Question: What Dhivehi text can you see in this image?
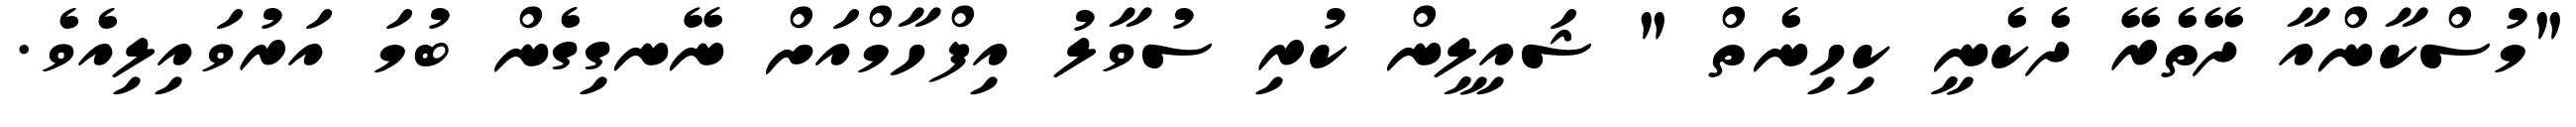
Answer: "މުސްކާންއާ ދޭތެރޭ ދެކެނީ ކިހިނެތް " ޝައިލީން ކުރި ސުވާލު އިފްހާމްއަށް ނޭނގިގެން ބުމަ އަރުވައިލިއެވެ.